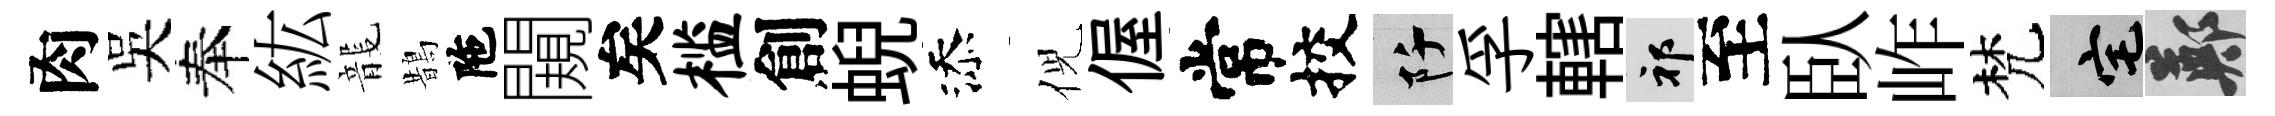
肉吴奉紘龍鵲陁闚矣槛創蜺添倪偓常挍阡孚轄祁至臥岞梵宅鄭